Report on horse surra - Volume I
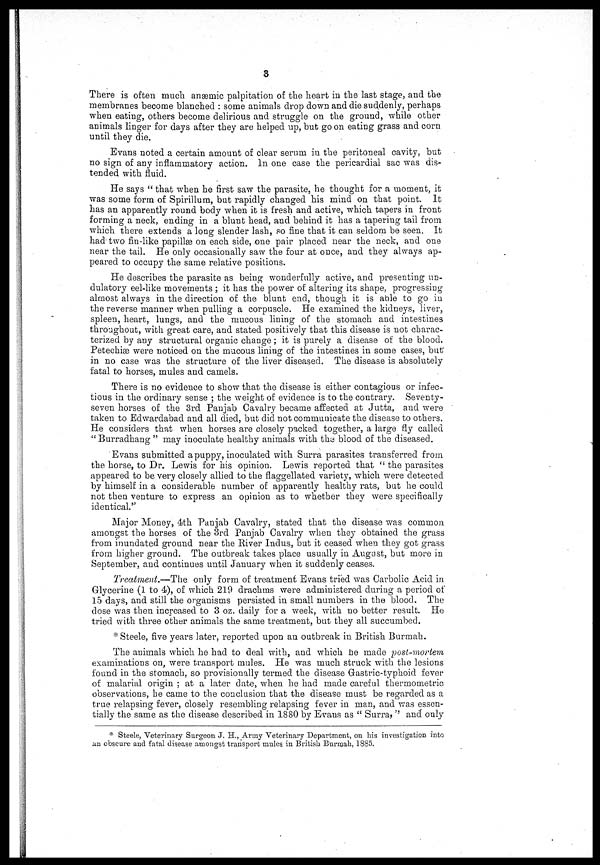
8
There is often much anæmic palpitation of the heart in the last stage, and the
membranes become blanched : some animals drop down and die suddenly, perhaps
when eating, others become delirious and struggle on the ground, while other
animals linger for days after they are helped up, but go on eating grass and corn
until they die.
Evans noted a certain amount of clear serum in the peritoneal cavity, but
no sign of any inflammatory action. In one case the pericardial sac was dis-
tended with fluid.
He says " that when he first saw the parasite, he thought for a moment, it
was some form of Spirillum, but rapidly changed his mind on that point. It
has an apparently round body when it is fresh and active, which tapers in front
forming a neck, ending in a blunt head, and behind it has a tapering tail from
which there extends a long slender lash, so fine that it can seldom be seen. It
had two fin-like papillæ on each side, one pair placed near the neck, and one
near the tail. He only occasionally saw the four at once, and they always ap-
peared to occupy the same relative positions.
He describes the parasite as being wonderfully active, and presenting un-
dulatory eel-like movements ; it has the power of altering its shape, progressing
almost always in the direction of the blunt end, though it is able to go in
the reverse manner when pulling a corpuscle. He examined the kidneys, liver,
spleen, heart, lungs, and the mucous lining of the stomach and intestines
throughout, with great care, and stated positively that this disease is not charac-
terized by any structural organic change ; it is purely a disease of the blood.
Petechias were noticed on the mucous lining of the intestines in some cases, but
in no case was the structure of the liver diseased. The disease is absolutely
fatal to horses, mules and camels.
There is no evidence to show that the disease is either contagious or infec-
tious in the ordinary sense ; the weight of evidence is to the contrary. Seventy-
seven horses of the 3rd Panjab Cavalry became affected at Jutta, and were
taken to Edwardabad and all died, but did not communicate the disease to others.
He considers that when horses are closely packed together, a large fly called
" Burradhang " may inoculate healthy animals with the blood of the diseased.
Evans submitted a puppy, inoculated with Surra parasites transferred from
the horse, to Dr. Lewis for his opinion. Lewis reported that " the parasites
appeared to be very closely allied to the flaggellated variety, which were detected
by himself in a considerable number of apparently healthy rats, but he could
not then venture to express an opinion as to whether they were specifically
identical."
Major Money, 4th Panjab Cavalry, stated that the disease was common
amongst the horses of the 3rd Panjab Cavalry when they obtained the grass
from inundated ground near the River Indus, but it ceased when they got grass
from higher ground. The outbreak takes place usually in August, but more in
September, and continues until January when it suddenly ceases.
Treatment.—The only form of treatment Evans tried was Carbolic Acid in
Glycerine (1 to 4), of which 219 drachms were administered during a period of
15 days, and still the organisms persisted in small numbers in the blood. The
dose was then increased to 3 oz. daily for a week, with no better result. He
tried with three other animals the same treatment, but they all succumbed.
* Steele, five years later, reported upon an outbreak in British Burmah.
The animals which he had to deal with, and which he made post-mortem
examinations on, were transport mules. He was much struck with the lesions
found in the stomach, so provisionally termed the disease Gastric-typhoid fever
of malarial origin ; at a later date, when he had made careful thermometric
observations, he came to the conclusion that the disease must be regarded as a
true relapsing fever, closely resembling relapsing fever in man, and was essen-
tially the same as the disease described in 1880 by Evans as " Surra,'' and only
* Steele, Veterinary Surgeon J. H., Army Veterinary Department, on his investigation into
an obscure and fatal disease amongst transport mules in British Burmah, 1885.